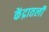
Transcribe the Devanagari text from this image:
केंद्रातली